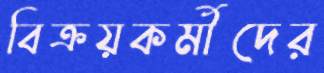
বিক্রয়কর্মীদের